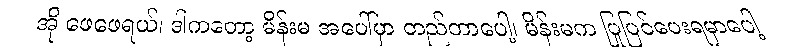
အို ဖေဖေရယ်၊ ဒါကတော့ မိန်းမ အပေါ်မှာ တည်တာပေါ့၊ မိန်းမက ပြုပြင်ပေးရမှာပေါ့